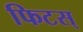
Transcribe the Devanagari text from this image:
फिटस्‌